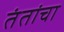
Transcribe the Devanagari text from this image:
तंतांचा